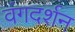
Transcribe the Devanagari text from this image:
वंगदर्शन